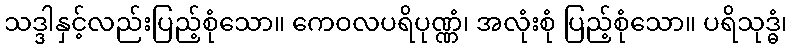
သဒ္ဒါနှင့်လည်းပြည့်စုံသော။ ကေဝလပရိပုဏ္ဏံ၊ အလုံးစုံ ပြည့်စုံသော။ ပရိသုဒ္ဓံ၊